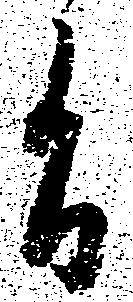
旨